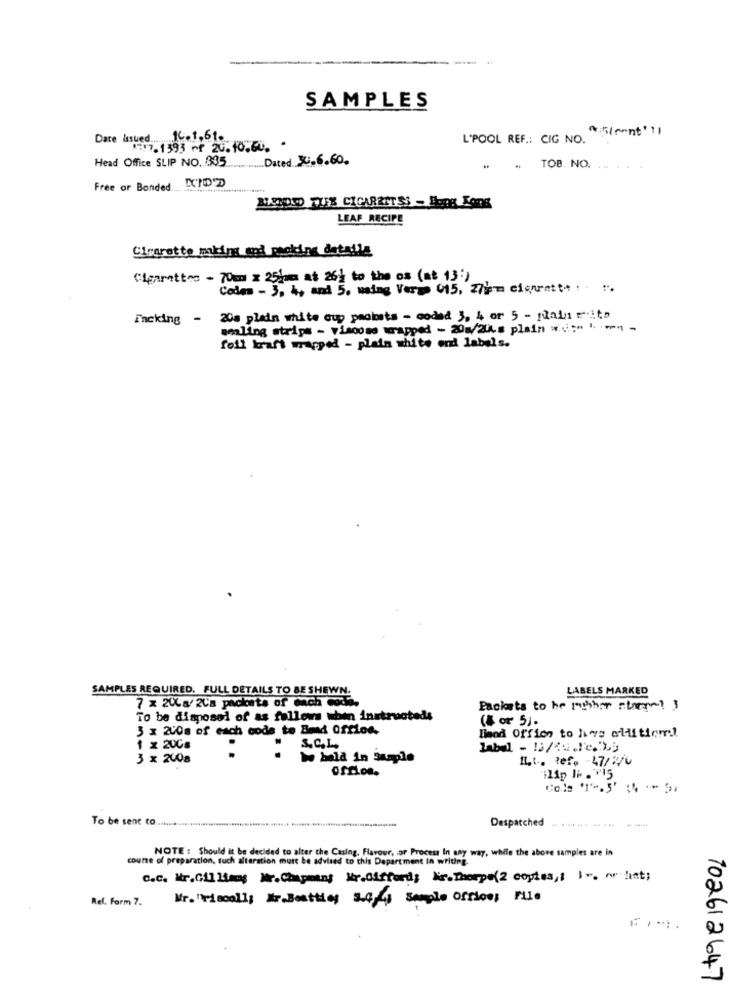
SAMPLES
Date issued 16.1.61.
L'POOL REF .: CIG NO.
1997.1393 ~f 26.10.60. -
Head Office SLIP NO. 885 Dated 3.6.60.
.. TOB. NO.
Free or Bonded LTD D
ANDDO TUS CIGARRITSS - Hong Kong
LEAF RECIPE
Cigarette making and packing datatla
Cigarettes - 70mm × 25km at 26% to the os (at 13:)
Codes - 3, 4, and 5, waing Verze 015, 27jem ciquett- . . ..
incking -
20a plain white cup paolosts - coded 3, 4 or 5 - plain rita
sealing strips - viscose wrapped - 20w/2LLs plain *(i :- - --
foil kraft wrapped - plain white ond labels.
SAMPLES REQUIRED. FULL DETAILS TO BE SHEWN.
LABELS MARKED
7 x 20La/ 2La pacicats of each coda.
Packets to he rubhar rtarg ! 3
To be disposed of as follows wben instructeds
(& or 5).
3 x 200s of each code to Bend orflos.
Hand Office to have aliftiem!
1 x 200g
S.C.L .,
3 x 2008
Www held in Sample
IL.t. tef. - 47/2/0
oScion.
ilip Ii .""15
Despatched
To be sent co ...................................................... ....... .....................
-----
NOTE : Should it be decided to alter the Casing, Flavour, or Process In any way, while the above samples are in
course of preparation, such alteration must be advised to this Department in writing.
C.C. Mr.Gil liams Wir.Chapmans kr.Gifford; Nr.Thorpe(2 copies ,; I -. or det;
Ref. Form 7.
Mr."riscoll; Mr.Beattiey 3.4/4 Semple Office; File
FIM.
702612647